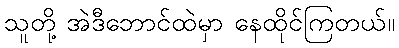
သူတို့ အဲဒီဘောင်ထဲမှာ နေထိုင်ကြတယ်။